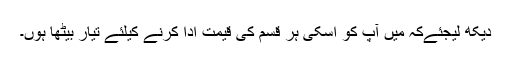
دیکھ لیجئےکہ میں آپ کو اسکی ہر قسم کی قیمت ادا کرنے کیلئے تیار بیٹھا ہوں۔